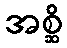
အစ္ဆိ